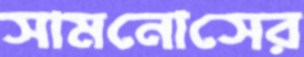
সামনোসের